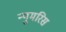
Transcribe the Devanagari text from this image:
न्युमरिस